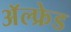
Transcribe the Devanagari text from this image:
अॅल्फ्रेड